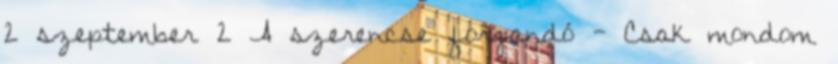
2 szeptember 2 A szerencse forgandó - Csak mondom